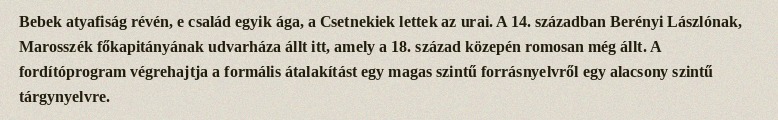
Bebek atyafiság révén, e család egyik ága, a Csetnekiek lettek az urai. A 14. században Berényi Lászlónak, Marosszék főkapitányának udvarháza állt itt, amely a 18. század közepén romosan még állt. A fordítóprogram végrehajtja a formális átalakítást egy magas szintű forrásnyelvről egy alacsony szintű tárgynyelvre.